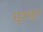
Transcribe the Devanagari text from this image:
सूत्रभृत